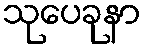
သုပေခုနာ